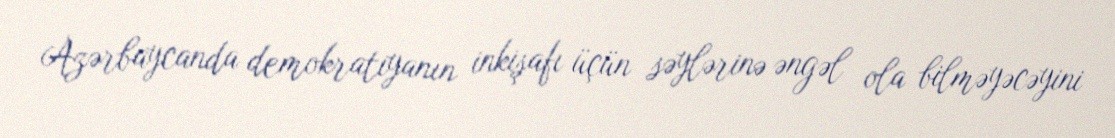
Azərbaycanda demokratiyanın inkişafı üçün səylərinə əngəl ola bilməyəcəyini